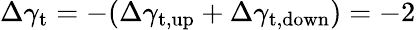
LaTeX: \Delta\gamma_{\mathrm{t}}=-(\Delta\gamma_{\mathrm{t,up}}+\Delta\gamma_{\mathrm{t,down}})=-2